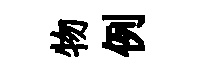
物例